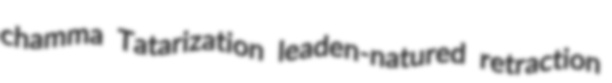
chamma Tatarization leaden-natured retraction